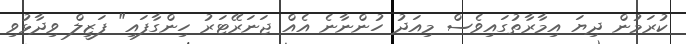
ކުރަމުން ދިޔަ އިމާރާތުގައިވެސް މިއަދު ހުންނާނެ އެއް ޖަނަރޭޓަރު ހިންގާފައި" ފަޒީލް ވިދާޅުވި